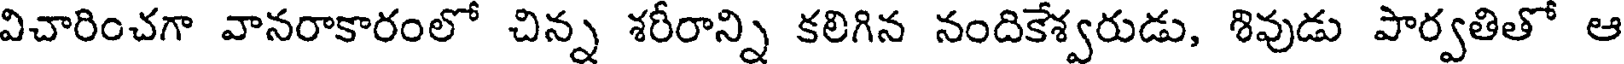
విచారించగా వానరాకారంలో చిన్న శరీరాన్ని కలిగిన నందికేశ్వరుడు, శివుడు పార్వతితో ఆ